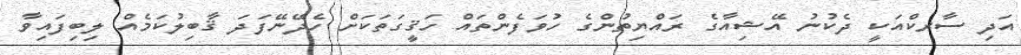
އަދި ސާރކްއަކީ ދެކުނު އޭޝިއާގެ ރައްޔިތުންގެ ހުވަފެންތައް ހަޤީގަތަކަށް ހެދޭނޭފަދަ ޤާބިލުކަމެއް ލިބިފައިވާ